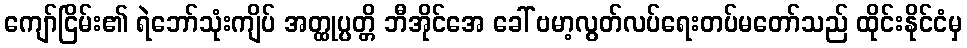
ကျော်ငြိမ်း၏ ရဲဘော်သုံးကျိပ် အတ္ထုပ္ပတ္တိ ဘီအိုင်အေ ခေါ် ဗမာ့လွတ်လပ်ရေးတပ်မတော်သည် ထိုင်းနိုင်ငံမှ